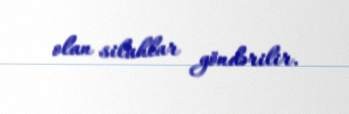
olan silahlar göndərilir.